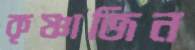
কৃষ্ণাজিন